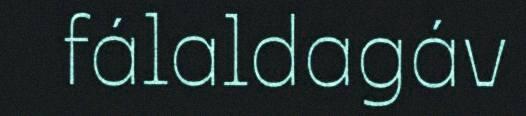
fálaldagáv